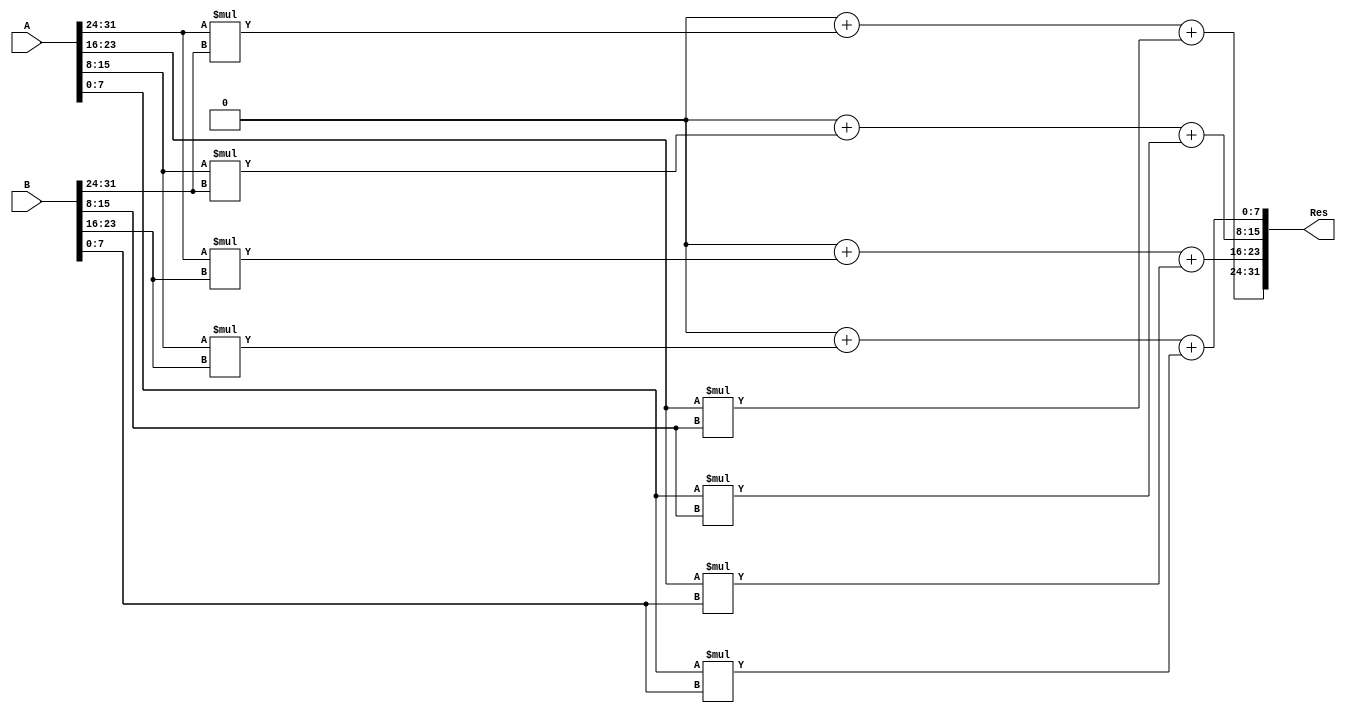
module matrix_mul(
    input [31:0] A,
    input [31:0] B,
    output [31:0] Res
    );
    //internal variables    
        reg [31:0] Res;
        reg [7:0] A1 [0:1][0:1];
        reg [7:0] B1 [0:1][0:1];
        reg [7:0] Res1 [0:1][0:1]; 
        integer i,j,k;
    
        always@ (A or B)
        begin
        //Initialize the matrices-convert 1 D to 3D arrays
            {A1[0][0],A1[0][1],A1[1][0],A1[1][1]} = A;
            {B1[0][0],B1[0][1],B1[1][0],B1[1][1]} = B;
            i = 0;
            j = 0;
            k = 0;
            {Res1[0][0],Res1[0][1],Res1[1][0],Res1[1][1]} = 32'd0; //initialize to zeros.
            //Matrix multiplication
            for(i=0;i < 2;i=i+1)
                for(j=0;j < 2;j=j+1)
                    for(k=0;k < 2;k=k+1)
                        Res1[i][j] = Res1[i][j] + (A1[i][k] * B1[k][j]);
            //final output assignment - 3D array to 1D array conversion.            
            Res = {Res1[0][0],Res1[0][1],Res1[1][0],Res1[1][1]};            
        end 
endmodule